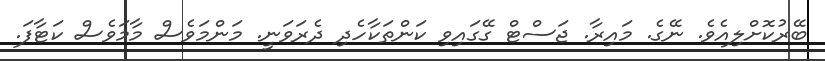
ބޭރުކޮށްލިއެވެ. ނޭގެ. މައިރާ. ޖަސްޓް ގޭގައިވި ކަންތަކާހެދި ދެރަވަނީ. މަންމަވެސް މާމަވެސް ކަޓާފަ.